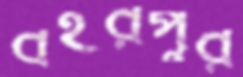
বহরপুর